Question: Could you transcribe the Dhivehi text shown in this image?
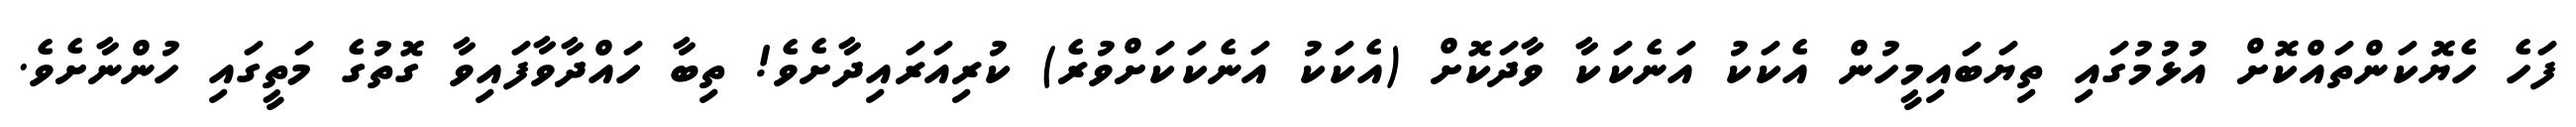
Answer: ފަހެ ހެޔޮކަންތައްކޮށް އުޅުމުގައި ތިޔަބައިމީހުން އެކަކު އަނެކަކާ ވާދަކޮށް (އެކަކު އަނެކަކަށްވުރެ) ކުރިއަރައިދާށެވެ! ތިބާ ހައްދާވާފައިވާ ގޮތުގެ މަތީގައި ހުންނާށެވެ.